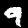
Label: 9